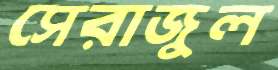
সেরাজুল